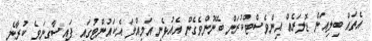
އެތައް ބިލިއަން ޑޮލަރެއް އިންވެސްޓްކުރަން ބޭނުންވެގެން އެއުޅެނީ އަމިއްލަ އެކައުންޓުގައި ފައިސާގިނަވެ ކުރާނެ